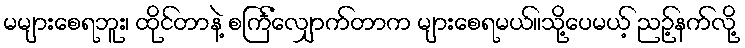
မများစေရဘူး၊ ထိုင်တာနဲ့ စင်္ကြံလျှောက်တာက များစေရမယ်။သို့ပေမယ့် ညဉ့်နက်လို့